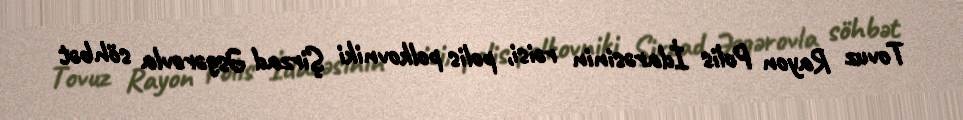
Tovuz Rayon Polis İdarəsinin rəisi, polis polkovniki Şirzad Əsgərovla söhbət